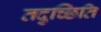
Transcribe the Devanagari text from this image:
तदुच्छिति